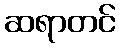
ဆရာတင်